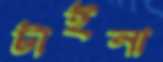
টাইনা